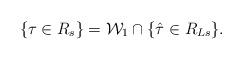
LaTeX: \begin{align*}\{ \tau \in R_s \} = {\mathcal W}_1 \cap \{ \hat{\tau} \in R_{Ls} \}.\end{align*}